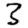
Digit: 3